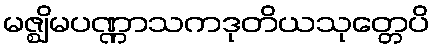
မဇ္ဈိမပဏ္ဏာသကဒုတိယသုတ္တေပိ